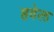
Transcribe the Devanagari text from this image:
हवेल